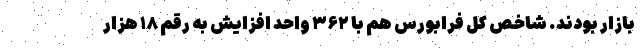
بازار بودند. شاخص کل فرابورس هم با ۳۶۲ واحد افزایش به رقم ۱۸ هزار